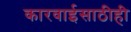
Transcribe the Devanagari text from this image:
कारवाईसाठीही